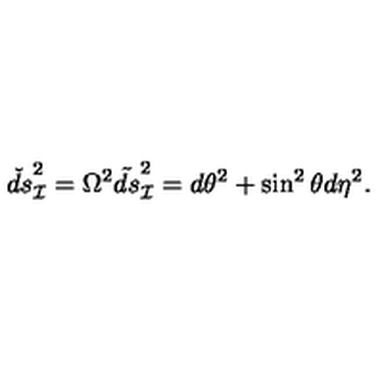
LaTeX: \check { d s } _ { \cal I } ^ { 2 } = \Omega ^ { 2 } \tilde { d s } _ { \cal I } ^ { 2 } = d \theta ^ { 2 } + \sin ^ { 2 } \theta d \eta ^ { 2 } .